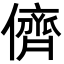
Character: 儕